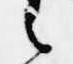
之